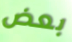
بعض